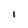
Character: I